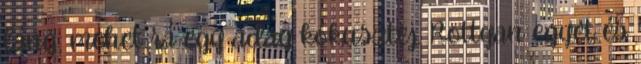
láng, mehet rá egy adag kókusztej. Rottyan egyet és